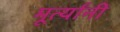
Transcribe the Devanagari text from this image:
मूर्त्यांनी